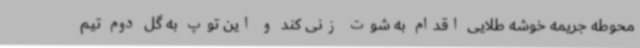
محوطه جریمه خوشه طلایی اقدام به شوت زنی کند و این توپ به گل دوم تیم